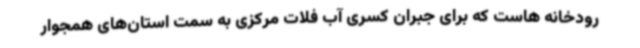
رودخانه هاست که برای جبران کسری آب فلات مرکزی به سمت استان‌های همجوار